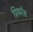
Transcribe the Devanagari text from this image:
प्रिफरेंस